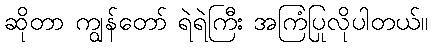
ဆိုတာ ကျွန်တော် ရဲရဲကြီး အကြံပြုလိုပါတယ်။